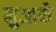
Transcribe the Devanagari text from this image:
नुआर्क